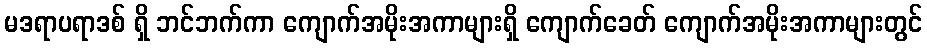
မဒရာပရာဒစ် ရှိ ဘင်ဘက်ကာ ကျောက်အမိုးအကာများရှိ ကျောက်ခေတ် ကျောက်အမိုးအကာများတွင်